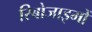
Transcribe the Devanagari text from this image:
रिबोजाइमों